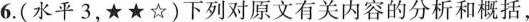
6.(水平3，★★☆)下列对原文有关内容的分析和概括